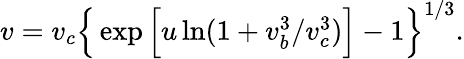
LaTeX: \begin{array}{r}{v=v_{c}\Big\{ \exp\Big[u\ln(1+{v_{b}^{3}}/{v_{c}^{3}})\Big]-1\Big\} ^{1/3}.}\end{array}